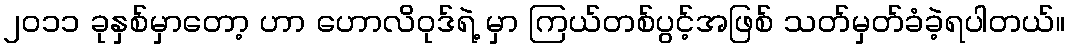
၂၀၁၁ ခုနှစ်မှာတော့ ဟာ ဟောလိဝုဒ်ရဲ့ မှာ ကြယ်တစ်ပွင့်အဖြစ် သတ်မှတ်ခံခဲ့ရပါတယ်။